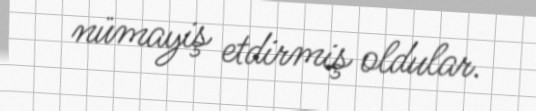
nümayiş etdirmiş oldular.